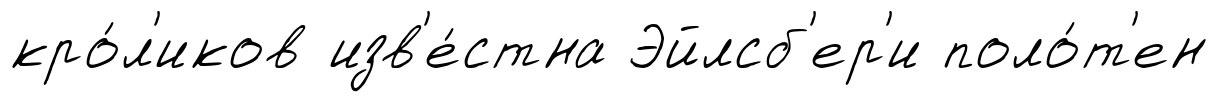
кро́л'иков изв'е́стна Эйлсб'ер'и поло́т'ен